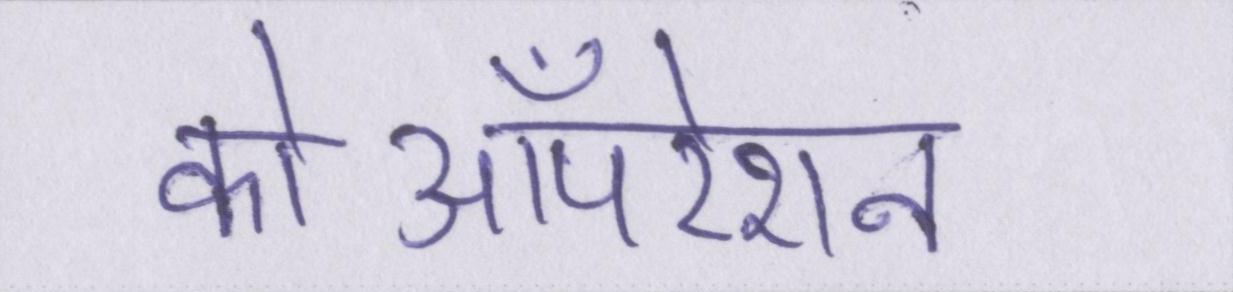
कोऑपरेशन